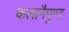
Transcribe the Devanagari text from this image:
कलानैपुण्य